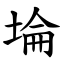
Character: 埨